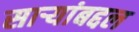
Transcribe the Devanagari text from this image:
साऱ्यांबद्दल